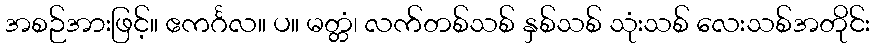
အစဉ်အားဖြင့်။ ဧကင်္ဂလ။ ပ။ မတ္တံ၊ လက်တစ်သစ် နှစ်သစ် သုံးသစ် လေးသစ်အတိုင်း